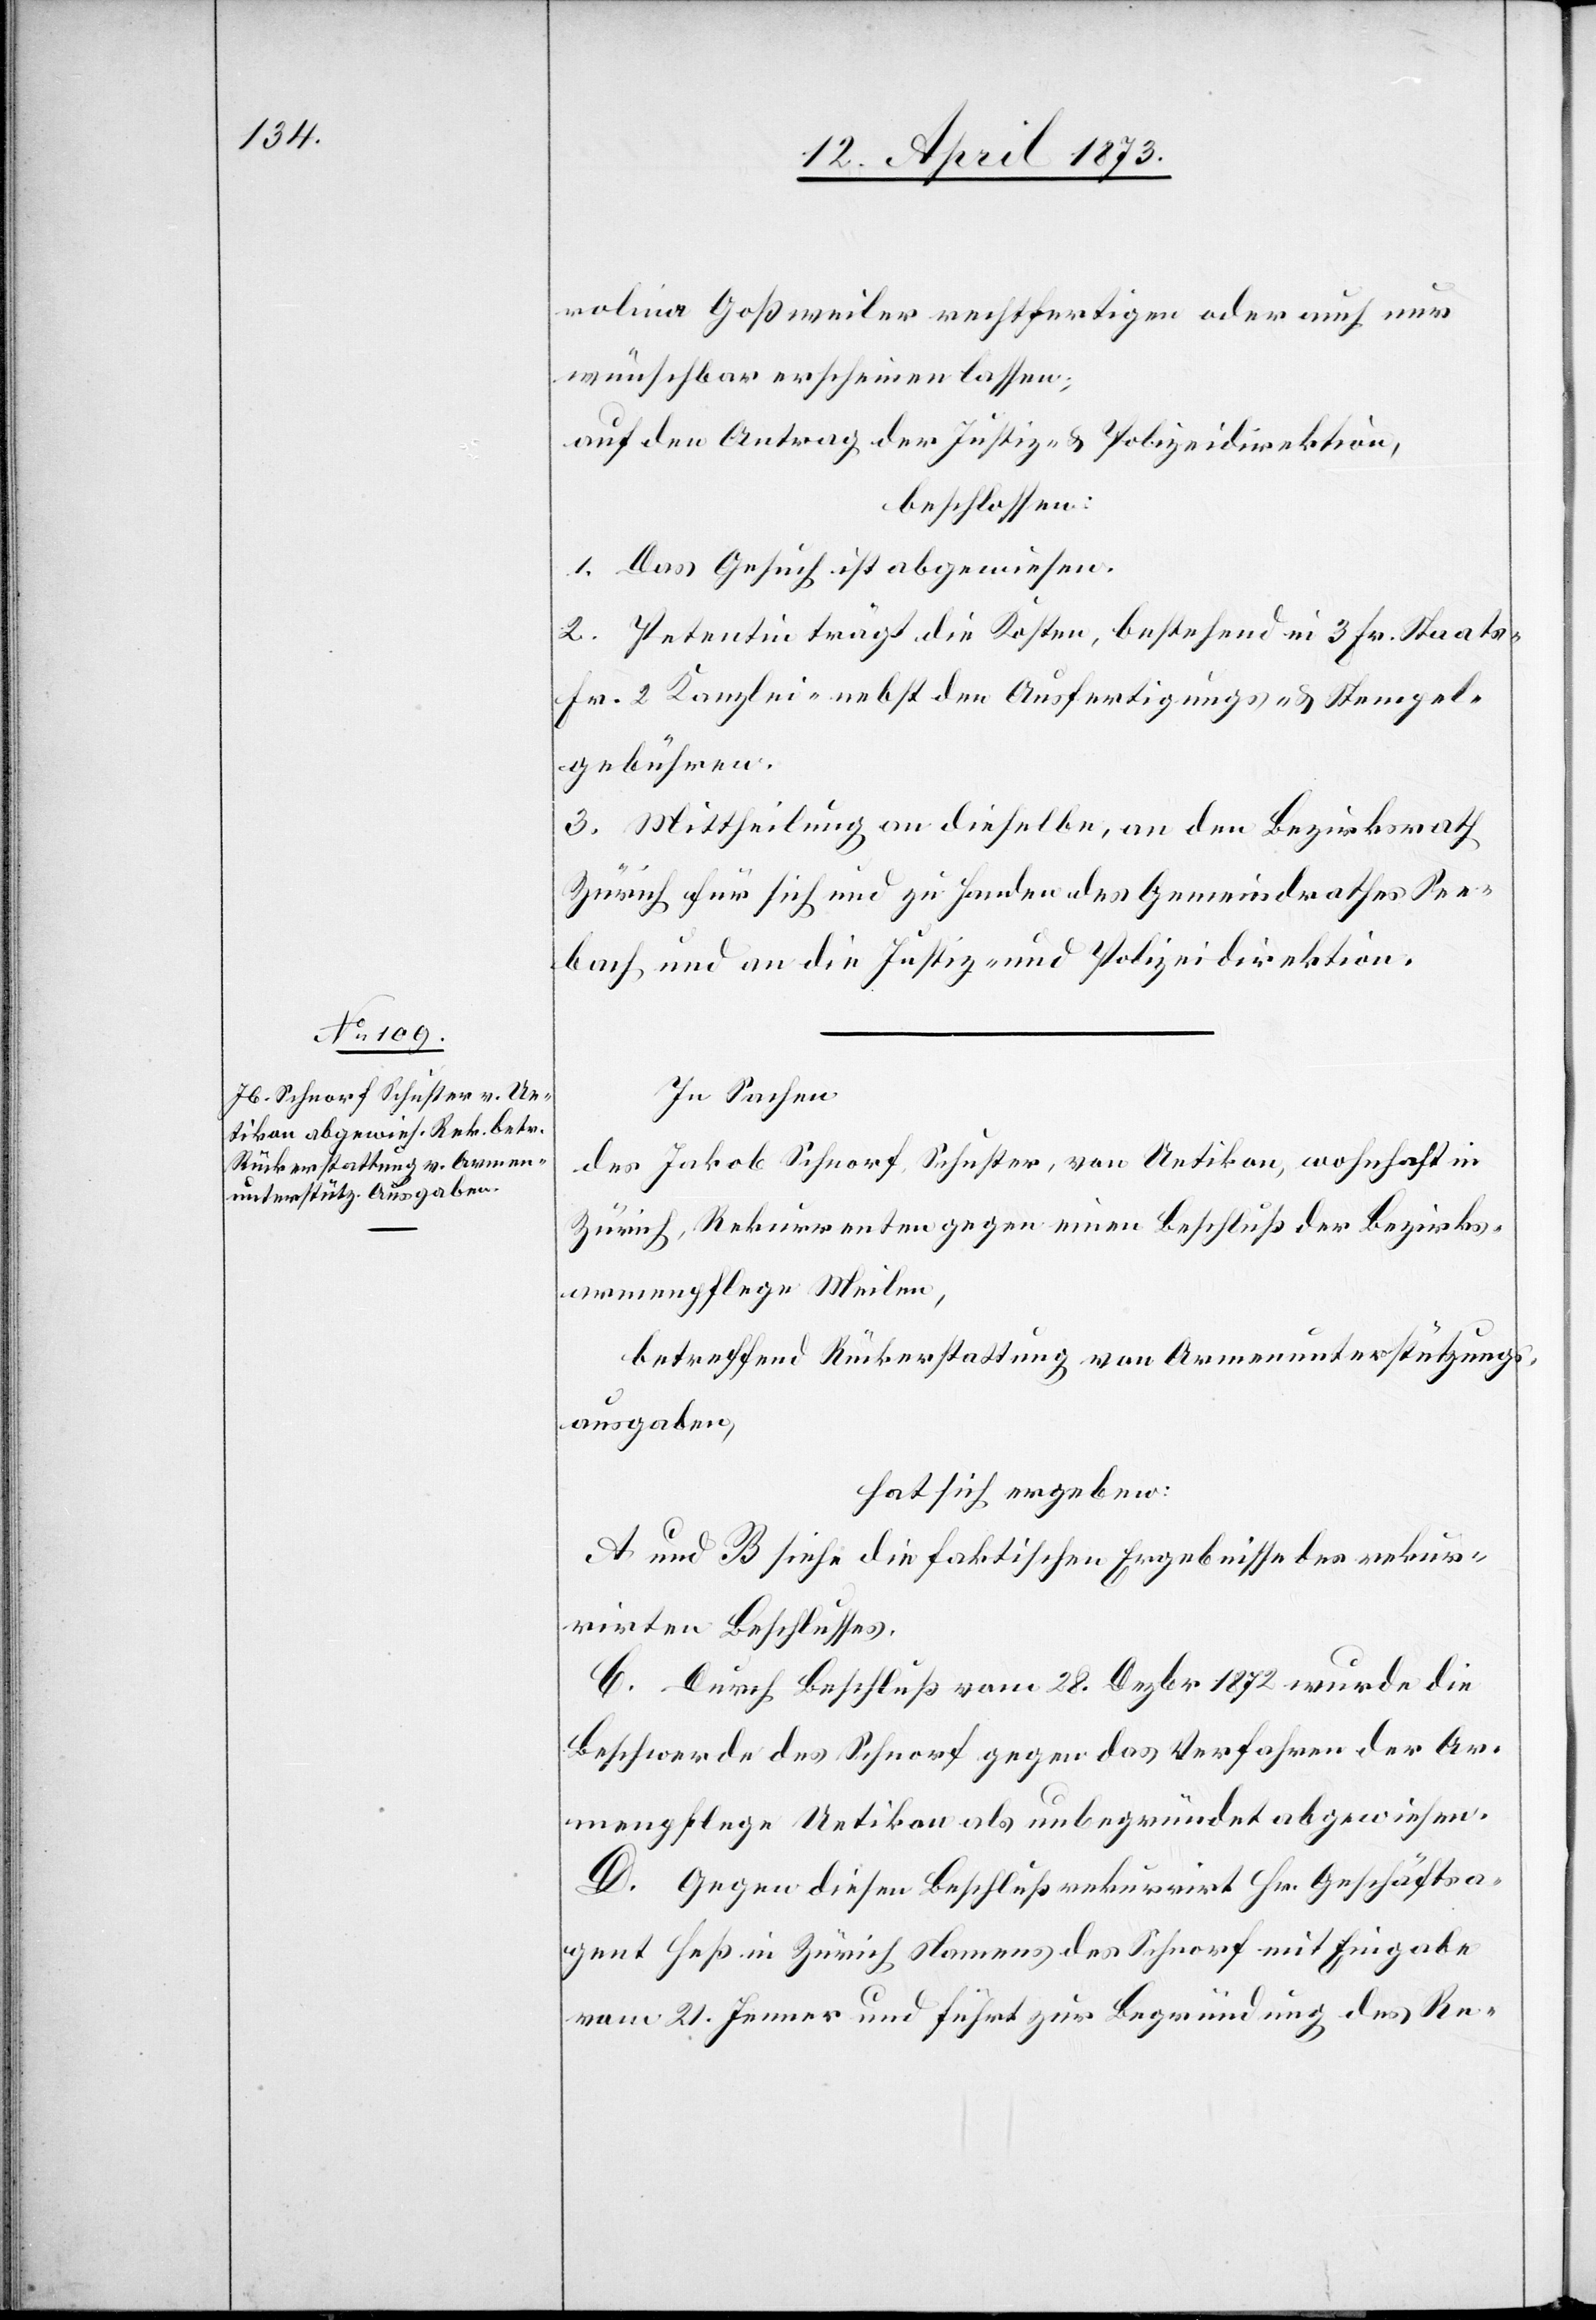
rolina Goßweiler rechtfertigen oder auch nur
wünschbar erscheinen lassen;
auf den Antrag der Justiz- & Polizeidirektion,
beschlossen:
1. Das Gesuch ist abgewiesen.
2. Petentin trägt die Kosten, bestehend in 3 Fr. Staats-[,]
Fr. 2 Kanzlei-[,] nebst den Ausfertigungs- & Stempel¬
begühren.
In Sachen
des Jakob Schnorf, Schuster, von Uetikon, wohnhaft in
Zürich, Rekurrenten gegen einen Beschluß der Bezirks¬
armenpflege Meilen,
betreffend Rückerstattung von Armenunterstützungs¬
ausgaben,
hat sich ergeben:
A und B siehe die faktischen Ergebnisse des rekur¬
rirten Beschlusses.
C. Durch Beschluß vom 28. Dezbr 1872 wurde die
Beschwerde des Schnorf gegen das Verfahren der Ar¬
menpflege Uetikon als unbegründet abgewiesen.
D. Gegen diesen Beschluß rekurrirt Hr. Geschäftsa¬
gent Heß in Zürich Namens des Schnorf mit Eingabe
vom 21. Jenner und führt zur Begründung des Re-